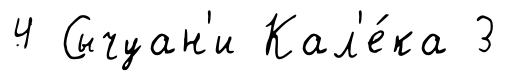
4 Сычуан'и Кал'е́ка 3